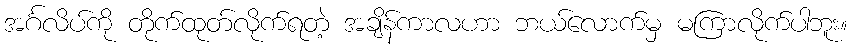
အင်္ဂလိပ်ကို တိုက်ထုတ်လိုက်ရတဲ့ အချိန်ကာလဟာ ဘယ်လောက်မှ မကြာလိုက်ပါဘူး။